Insane asylums in Bengal annual reports 1867-1875 - 1867-1875
Year: 1867
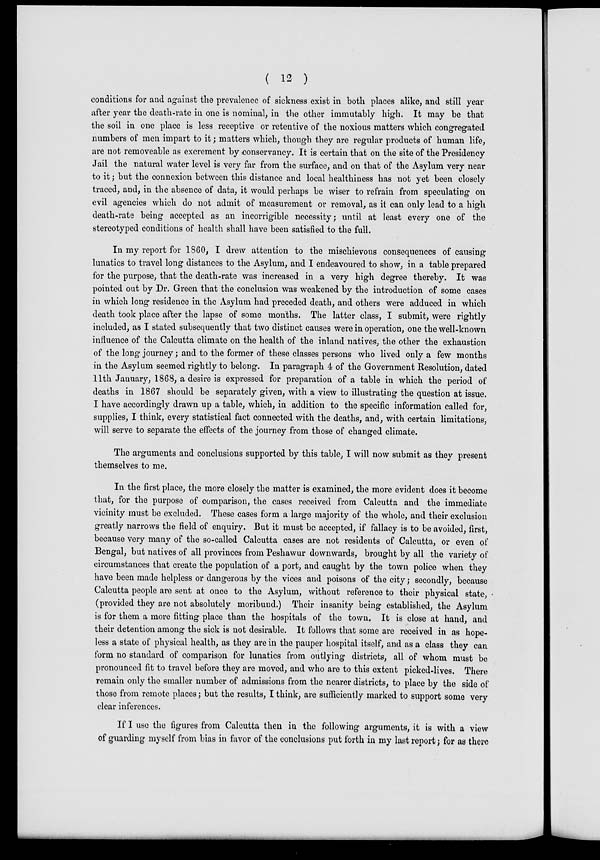
( 12 )
conditions for and against the prevalence of sickness exist in both places alike, and still year
after year the death-rate in one is nominal, in the other immutably high. It may be that
the soil in one place is less receptive or retentive of the noxious matters which congregated
numbers of men impart to it; matters which, though they are regular products of human life,
are not removeable as excrement by conservancy. It is certain that on the site of the Presidency
Jail the natural water level is very far from the surface, and on that of the Asylum very near
to it; but the connexion between this distance and local healthiness has not yet been closely
traced, and, in the absence of data, it would perhaps be wiser to refrain from speculating on
evil agencies which do not admit of measurement or removal, as it can only lead to a high
death-rate being accepted as an incorrigible necessity; until at least every one of the
stereotyped conditions of health shall have been satisfied to the full.
In my report for 1860, I drew attention to the mischievous consequences of causing
lunatics to travel long distances to the Asylum, and I endeavoured to show, in a table prepared
for the purpose, that the death-rate was increased in a very high degree thereby. It was
pointed out by Dr. Green that the conclusion was weakened by the introduction of some cases
in which long residence in the Asylum had preceded death, and others were adduced in which
death took place after the lapse of some months. The latter class, I submit, were rightly
included, as I stated subsequently that two distinct causes were in operation, one the well-known
influence of the Calcutta climate on the health of the inland natives, the other the exhaustion
of the long journey; and to the former of these classes persons who lived only a few months
in the Asylum seemed rightly to belong. In paragraph 4 of the Government Resolution, dated
11th January, 1868, a desire is expressed for preparation of a table in which the period of
deaths in 1867 should be separately given, with a view to illustrating the question at issue.
I have accordingly drawn up a table, which, in addition to the specific information called for,
supplies, I think, every statistical fact connected with the deaths, and, with certain limitations,
will serve to separate the effects of the journey from those of changed climate.
The arguments and conclusions supported by this table, I will now submit as they present
themselves to me.
In the first place, the more closely the matter is examined, the more evident does it become
that, for the purpose of comparison, the cases received from Calcutta and the immediate
vicinity must be excluded. These cases form a large majority of the whole, and their exclusion
greatly narrows the field of enquiry. But it must be accepted, if fallacy is to be avoided, first,
because very many of the so-called Calcutta cases are not residents of Calcutta, or even of
Bengal, but natives of all provinces from Peshawur downwards, brought by all the variety of
circumstances that create the population of a port, and caught by the town police when they
have been made helpless or dangerous by the vices and poisons of the city; secondly, because
Calcutta people are sent at once to the Asylum, without reference to their physical state,
(provided they are not absolutely moribund.) Their insanity being established, the Asylum
is for them a more fitting place than the hospitals of the town. It is close at hand, and
their detention among the sick is not desirable. It follows that some are received in as hope-
less a state of physical health, as they are in the pauper hospital itself, and as a class they can
form no standard of comparison for lunatics from outlying districts, all of whom must be
pronounced fit to travel before they are moved, and who are to this extent picked-lives. There
remain only the smaller number of admissions from the nearer districts, to place by the side of
those from remote places; but the results, I think, are sufficiently marked to support some very
clear inferences.
If I use the figures from Calcutta then in the following arguments, it is with a view
of guarding myself from bias in favor of the conclusions put forth in my last report; for as there